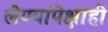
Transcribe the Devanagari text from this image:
लेण्यांपेक्षाही